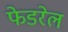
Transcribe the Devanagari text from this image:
फेडरेल